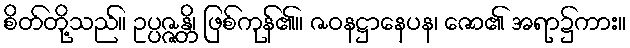
စိတ်တို့သည်။ ဥပ္ပဇ္ဇန္တိ၊ ဖြစ်ကုန်၏။ ဇဝနဋ္ဌာနေပန၊ ဇော၏ အရာ၌ကား။